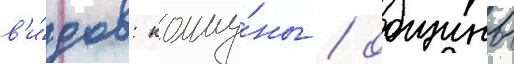
в'и́дов: комму́ны / общины